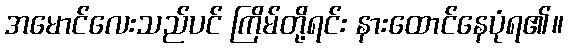
အမောင်လေးသည်ပင် ကြိမ်တို့ရင်း နားထောင်နေပုံရ၏။